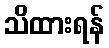
သိထားရန်